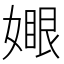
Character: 𡡆